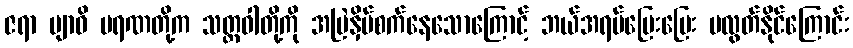
ဇရာ ဗျာဓိ မရဏတို့က သတ္တဝါတို့ကို အမြဲနှိပ်စက်နေသောကြောင့် ဘယ်အရပ်ပြေးပြေး မလွတ်နိုင်ကြောင်း